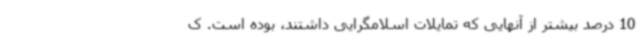
10 درصد بیشتر از آنهایی که تمایلات اسلامگرایی داشتند، بوده است. ک